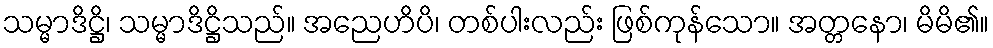
သမ္မာဒိဋ္ဌိ၊ သမ္မာဒိဋ္ဌိသည်။ အညေဟိပိ၊ တစ်ပါးလည်း ဖြစ်ကုန်သော။ အတ္တနော၊ မိမိ၏။